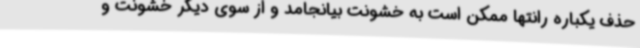
حذف یکباره رانتها ممکن است به خشونت بیانجامد و از سوی دیگر خشونت و